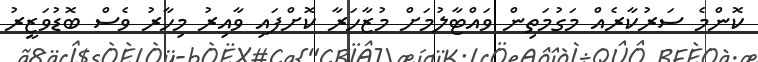
ކޮންމެ ސަރުކާރެއް މަގުމަތިން ވައްޓާލުމަށް މުޒާހަރާ ކޮށްފައި ވާއިރު މިހާރު ވެސް ބޮޑުވަޒީރު